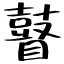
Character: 瞽